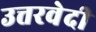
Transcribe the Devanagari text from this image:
उत्तरवेदी